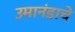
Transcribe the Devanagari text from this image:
उमानंडाचे